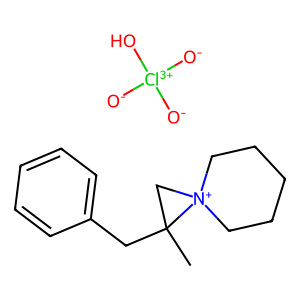
SMILES: CC1(Cc2ccccc2)C[N+]12CCCCC2.[O-][Cl+3]([O-])([O-])O
Inhibits HIV replication: No